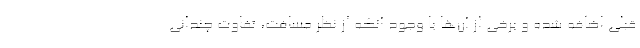
قبلی اضافه شده و برخی از آن‌ها با وجود آنکه از نظر مسافت، تفاوت چندانی